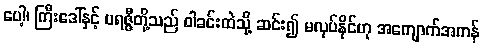
ပေါ့၊ ကြီးဒေါ်နှင့် ပရဇ္ဇီတို့သည် ဝါခင်းထဲသို့ ဆင်း၍ မလုပ်နိုင်ဟု အကျောက်အကန်